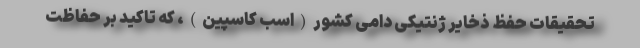
تحقیقات حفظ ذخایر ژنتیکی دامی کشور(اسب کاسپین)، که تاکید بر حفاظت